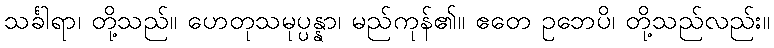
သင်္ခါရာ၊ တို့သည်။ ဟေတုသမုပ္ပန္နာ၊ မည်ကုန်၏။ ဧတေ ဥဘေပိ၊ တို့သည်လည်း။